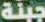
جبنة